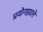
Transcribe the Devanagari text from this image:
प्रयोगझाले